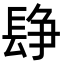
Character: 𨲌